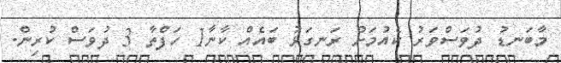
މާބަނޑު ދުވަސްވަރު ކެއުމަށް ރަނގަޅު ބައެއް ކާނާ1 ހަފްތާ 3 ދުވަސް ކުރިން.